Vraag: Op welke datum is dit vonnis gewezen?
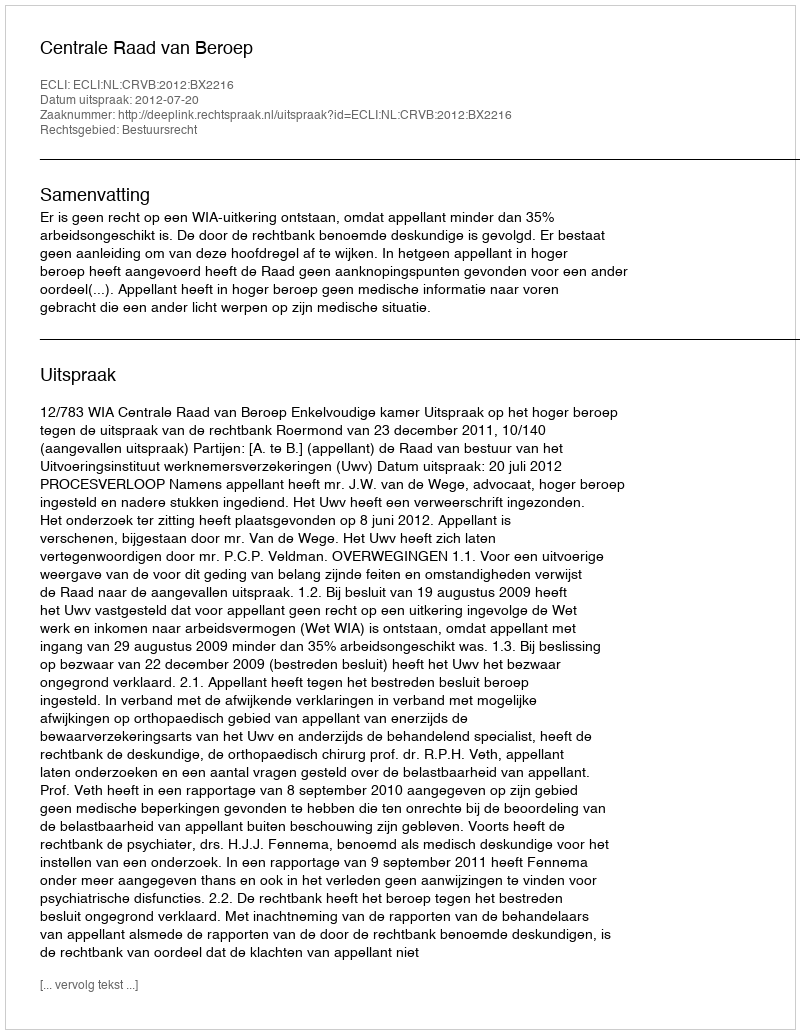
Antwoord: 2012-07-20